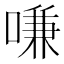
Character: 嗛